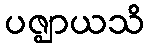
ပဇ္ဈာယသိ